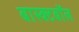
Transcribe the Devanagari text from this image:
बास्क्टबॉल